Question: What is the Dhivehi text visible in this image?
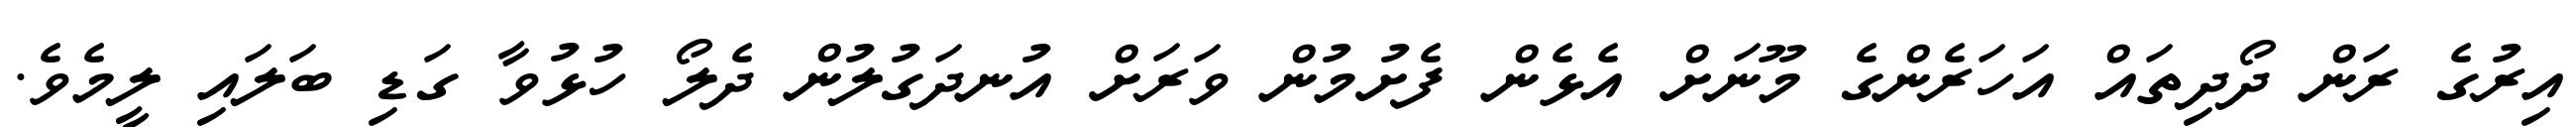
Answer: އިރުގެ ރަން ދޯދިތައް އަހަރެންގެ މޫނަށް އެޅެން ފެށުމުން ވަރަށް އުނދަގުލުން ދެލޯ ހުޅުވާ ގަޑި ބަލައި ލީމެވެ.